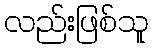
လည်းဖြစ်သူ